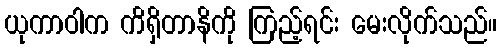
ယုကာဝါက ကိရှိတာနိကို ကြည့်ရင်း မေးလိုက်သည်။